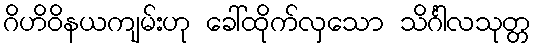
ဂိဟိဝိနယကျမ်းဟု ခေါ်ထိုက်လှသော သိင်္ဂါလသုတ္တ